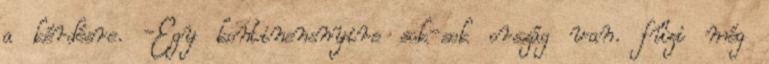
a kérdésre. -Egy kontinensnyire sok-sok ország van. fűzi még